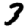
Digit: 3